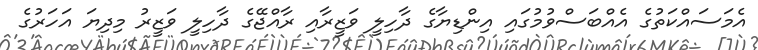
އެމަސައްކަތުގެ އެއްބަސްވުމުގައި އިންޑިޔާގެ ދާހިލީ ވަޒީރާއި ރާއްޖޭގެ ދާހިލީ ވަޒީރު މިދިޔަ އަހަރުގެ